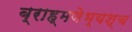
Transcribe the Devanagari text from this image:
ब्राह्मणेभ्यश्च